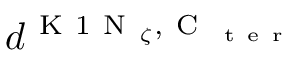
d ^ { \mathrm { ~ K ~ 1 ~ N ~ } _ { \zeta } , \mathrm { ~ C ~ } _ { \mathrm { ~ t ~ e ~ r ~ } } }